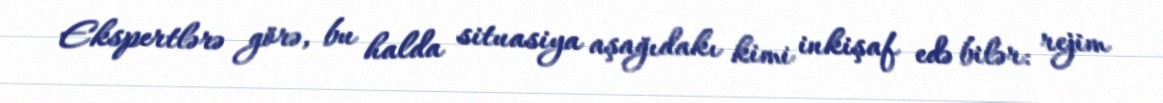
Ekspertlərə görə, bu halda situasiya aşağıdakı kimi inkişaf edə bilər: rejim